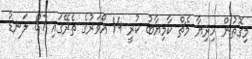
މިގޮތުން ހިރިޔާ މެޗް ކާމިޔާބު ކުރީ 14 އޯވަރުގެ ތެރޭގައި 87 ލަނޑު